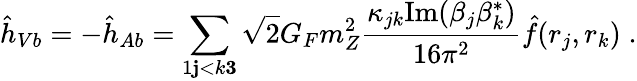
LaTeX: {\hat{h}}_{Vb}=-{\hat{h}}_{Ab}=\sum_{1\le j<k\le 3}\sqrt{2}G_{F}m_{Z}^{2}\frac{\kappa_{jk}\mathrm{Im}(\beta_{j}\beta_{k}^{*})}{16\pi^{2}}{\hat{f}}(r_{j},r_{k})\; .